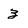
Character: 3